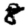
Digit: 8